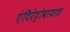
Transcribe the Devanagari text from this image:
एंटिरेट्रोवायरल